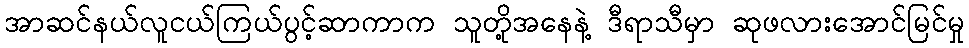
အာဆင်နယ်လူငယ်ကြယ်ပွင့်ဆာကာက သူတို့အနေနဲ့ ဒီရာသီမှာ ဆုဖလားအောင်မြင်မှု